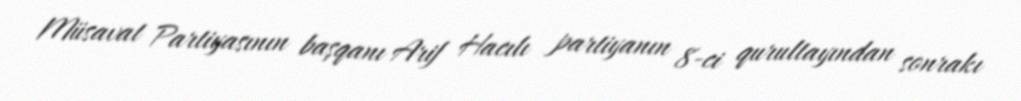
Müsavat Partiyasının başqanı Arif Hacılı partiyanın 8-ci qurultayından sonrakı